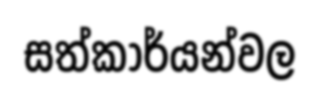
සත්කාර්යන්වල